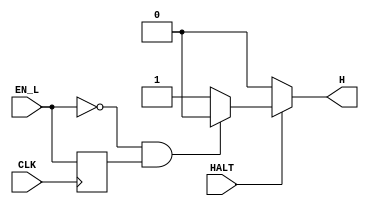
module halt_logic(CLK, HALT,EN_L,H);

input CLK; 
input HALT;
input EN_L;
output reg H;


reg OLD_EN_L; 

always@(*)
begin
if (HALT)
	begin
		if (EN_L == 1'b0 && OLD_EN_L == 1'b1)
			begin
			H <= 1'b0; 
			end
		else
		begin
		H <= 1'b1; 
		end
	end
	else
	begin
	H <= 1'b0; 
	end
end
always @(posedge CLK)
begin
OLD_EN_L <= EN_L; 
end









endmodule